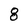
Character: 8